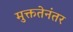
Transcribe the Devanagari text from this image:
मुक्ततेनंतर